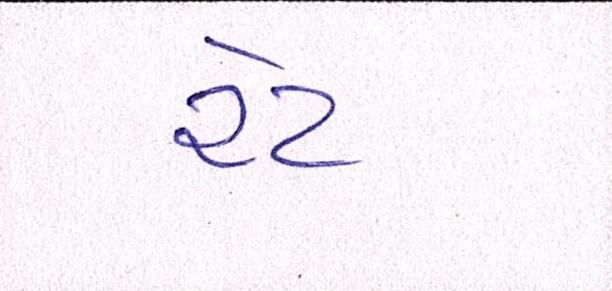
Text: રેટ